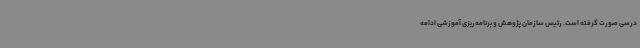
درسی صورت گرفته است. رئیس سازمان پژوهش و برنامه‌ریزی آموزشی ادامه